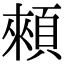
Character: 顂